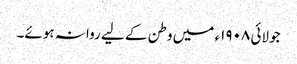
جولائی ١٩٠٨ء میں وطن کے لیے روانہ ہوئے۔